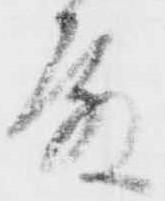
殿